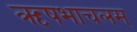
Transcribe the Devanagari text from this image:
ऋषभाचलम्